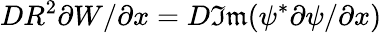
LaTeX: DR^{2}\partial W/\partial x=D\mathfrak{Im}(\psi^{*}\partial\psi/\partial x)